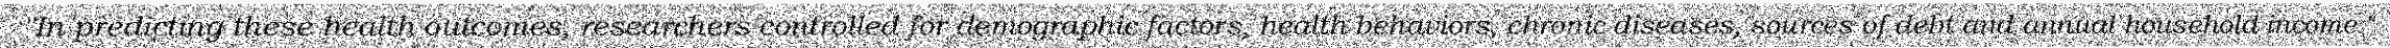
"In predicting these health outcomes, researchers controlled for demographic factors, health behaviors, chronic diseases, sources of debt and annual household income."